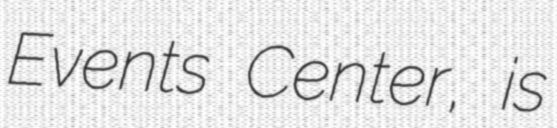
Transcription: Events Center, is